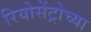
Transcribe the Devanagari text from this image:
रियोसेंट्रोच्या